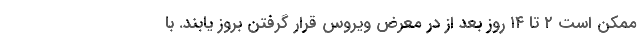
ممکن است ۲ تا ۱۴ روز بعد از در معرض ویروس قرار گرفتن بروز یابند. با